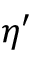
\eta ^ { \prime }